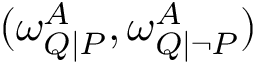
( \omega _ { Q | P } ^ { A } , \omega _ { Q | \lnot P } ^ { A } )